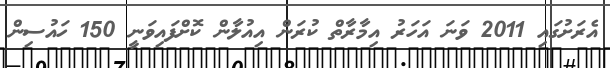
އެރަށުގައި 2011 ވަނަ އަހަރު އިމާރާތް ކުރަން އިއުލާން ކޮށްފައިވަނީ 150 ހައުސިން